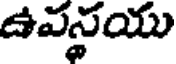
ఉవస్థయు